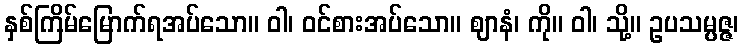
နှစ်ကြိမ်မြောက်ရအပ်သော။ ဝါ၊ ဝင်စားအပ်သော။ ဈာနံ၊ ကို။ ဝါ၊ သို့။ ဥပသမ္ပဇ္ဇ၊